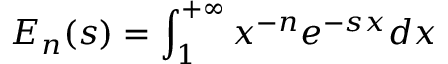
{ \cal E } _ { n } ( s ) = \int _ { 1 } ^ { + \infty } x ^ { - n } e ^ { - s x } d x